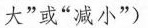
大”或”减小”)